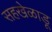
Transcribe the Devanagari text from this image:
सहखेळाडू